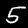
Label: 5